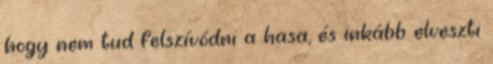
hogy nem tud felszívódni a hasa, és inkább elveszti